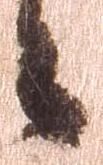
々